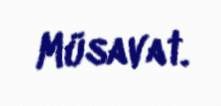
Müsavat.